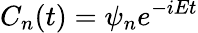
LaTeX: C_{n}(t)=\psi_{n}e^{-iEt}